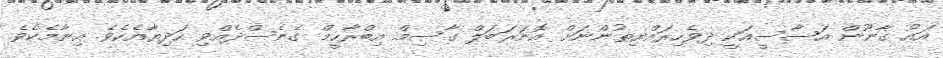
އައު ގާނޫން އަސާސީއަކީ ދިވެހިރައްޔިތުންނަށް އޮނަރަބަލް ގާސިމް އިބްރާހީމް ގެނެސްދެއްވި ހަދިޔާއެކެވެ. އިނާމެކެވެ.